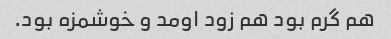
هم گرم بود هم زود اومد و خوشمزه بود.